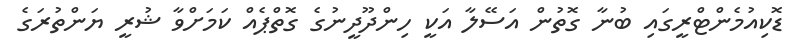
ޑޮކިއުމެންޓްރީގައި ބުނާ ގޮތުން އަސޭލާ އަކީ ހިންދޫދީނުގެ ގޮތްޕެއް ކަމަށްވާ ޝުރީ ޔަންތުރަގެ